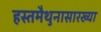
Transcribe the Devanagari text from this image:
हस्तमैथुनासारख्या